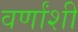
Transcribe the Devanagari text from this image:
वर्णांशी